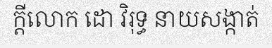
ក្តីលោក ដោ វិរុទ្ធ នាយសង្កាត់